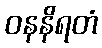
ဝနနိရတံ